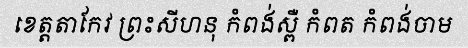
ខេត្តតាកែវ ព្រះសីហនុ កំពង់ស្ពឺ កំពត កំពង់ចាម